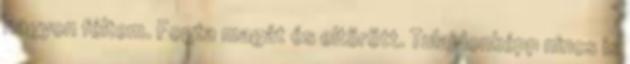
nagyon féltem. Fogta magát és eltörött. Tulajdonképp nincs is